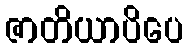
ဇာတိယာပိပေ